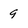
Character: 9